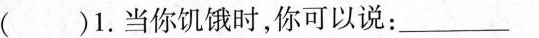
( )1.当你饥饿时,你可以说: ___